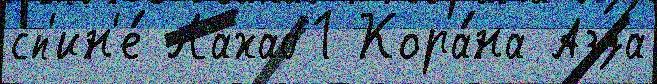
сп'ин'е́ Лахаб1 Кора́на Азза